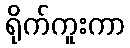
ရိုက်ကူးကာ